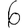
Digit: 6